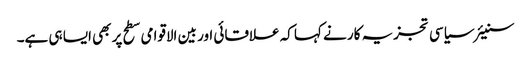
سنیئر سیاسی تجزیہ کار نے کہا کہ علاقائی اور بین الاقوامی سطح پر بھی ایسا ہی ہے۔